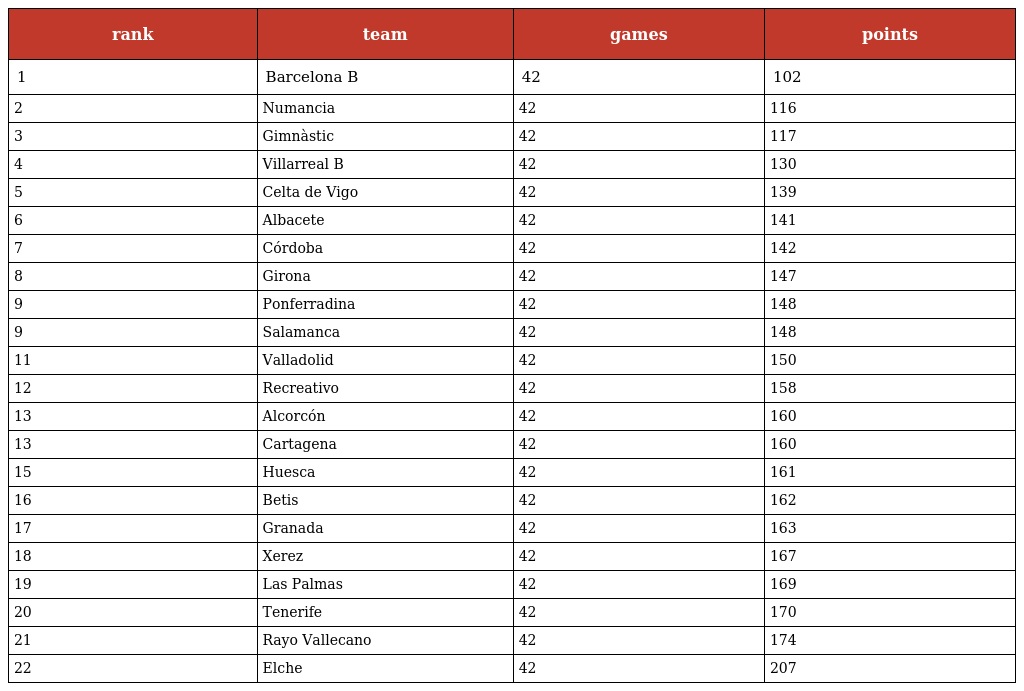
| rank | team | games | points |
 | --- | --- | --- | --- |
 | 1 | Barcelona B | 42 | 102 |
 | 2 | Numancia | 42 | 116 |
 | 3 | Gimnàstic | 42 | 117 |
 | 4 | Villarreal B | 42 | 130 |
 | 5 | Celta de Vigo | 42 | 139 |
 | 6 | Albacete | 42 | 141 |
 | 7 | Córdoba | 42 | 142 |
 | 8 | Girona | 42 | 147 |
 | 9 | Ponferradina | 42 | 148 |
 | 9 | Salamanca | 42 | 148 |
 | 11 | Valladolid | 42 | 150 |
 | 12 | Recreativo | 42 | 158 |
 | 13 | Alcorcón | 42 | 160 |
 | 13 | Cartagena | 42 | 160 |
 | 15 | Huesca | 42 | 161 |
 | 16 | Betis | 42 | 162 |
 | 17 | Granada | 42 | 163 |
 | 18 | Xerez | 42 | 167 |
 | 19 | Las Palmas | 42 | 169 |
 | 20 | Tenerife | 42 | 170 |
 | 21 | Rayo Vallecano | 42 | 174 |
 | 22 | Elche | 42 | 207 |